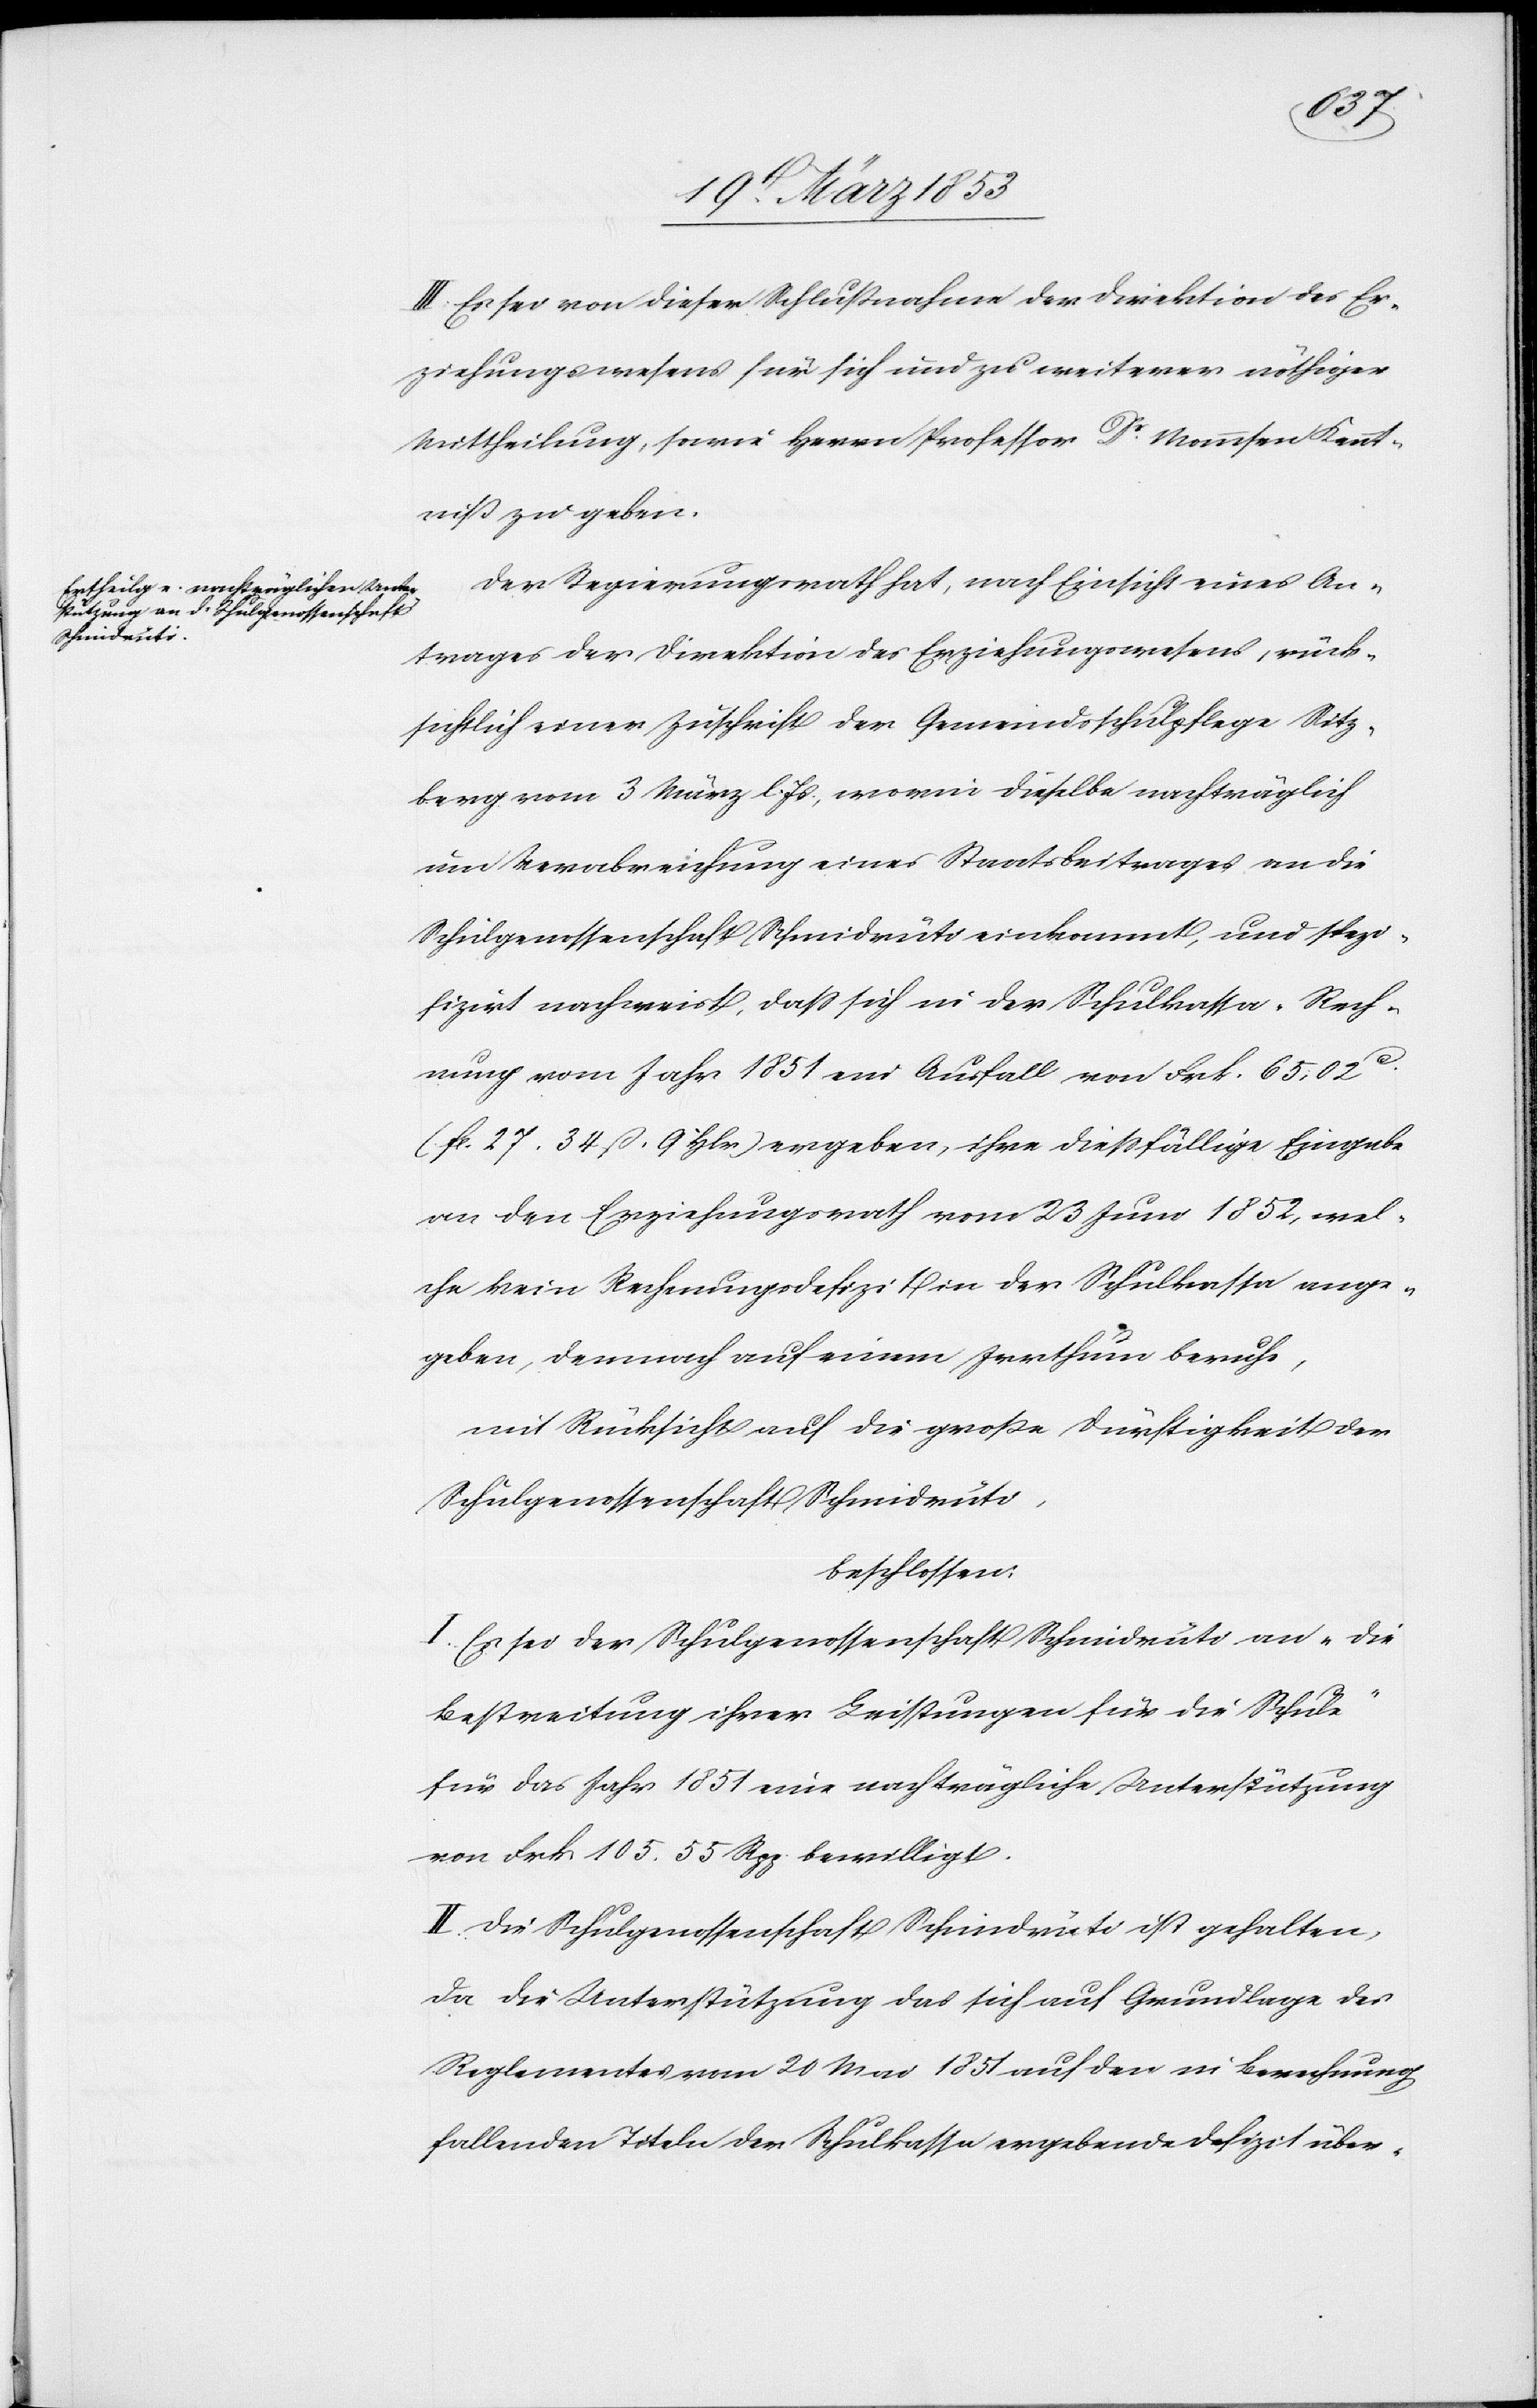
III. Es sei dieser Schlußnahme der Direktion des Er¬
ziehungswesens für sich und zu weiterer nöthiger
Mittheilung, sowie Herrn Professor Dr. Mommsen Kennt¬
niß zu geben.